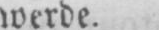
werde.